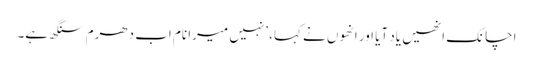
اچانک انھیں یاد آیا اور انھوں نے کہا، ’نہیں میرا نام اب دھرم سنگھ ہے۔